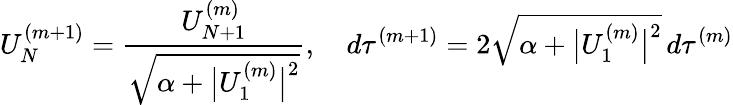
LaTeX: U_{N}^{(m+1)}=\frac{U_{N+1}^{(m)}}{\sqrt{\alpha+\big|U_{1}^{(m)}\big|^{2}}},\quad d\tau^{(m+1)}=2\sqrt{\alpha+\big|U_{1}^{(m)}\big|^{2}}\, d\tau^{(m)}